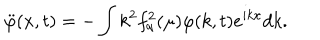
\ddot { \varphi } ( x , t ) = - \int k ^ { 2 } f _ { q } ^ { 2 } ( \mu ) \varphi ( k , t ) e ^ { i k x } d k .